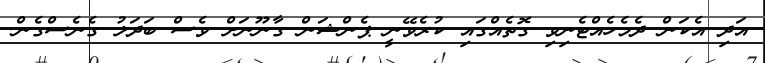
އަދި އެކަން ދެމެހެއްޓެނިވި ގޮތެއްގައި ކުރެވޭނީ ޕެންޝަން ގާނޫނަށް ވެސް ބަދަލު ގެނެސްގެން.